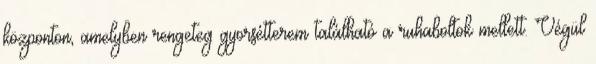
központon, amelyben rengeteg gyorsétterem található a ruhaboltok mellett. Végül